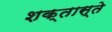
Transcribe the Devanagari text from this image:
शक्तास्ते